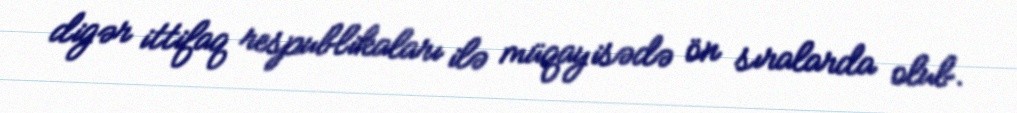
digər ittifaq respublikaları ilə müqayisədə ön sıralarda olub.